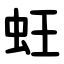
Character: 蚟